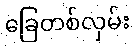
ခြေတစ်လှမ်း